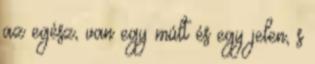
az egész, van egy múlt és egy jelen, s